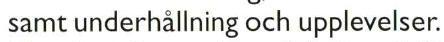
 samt underhållning och upplevelser.